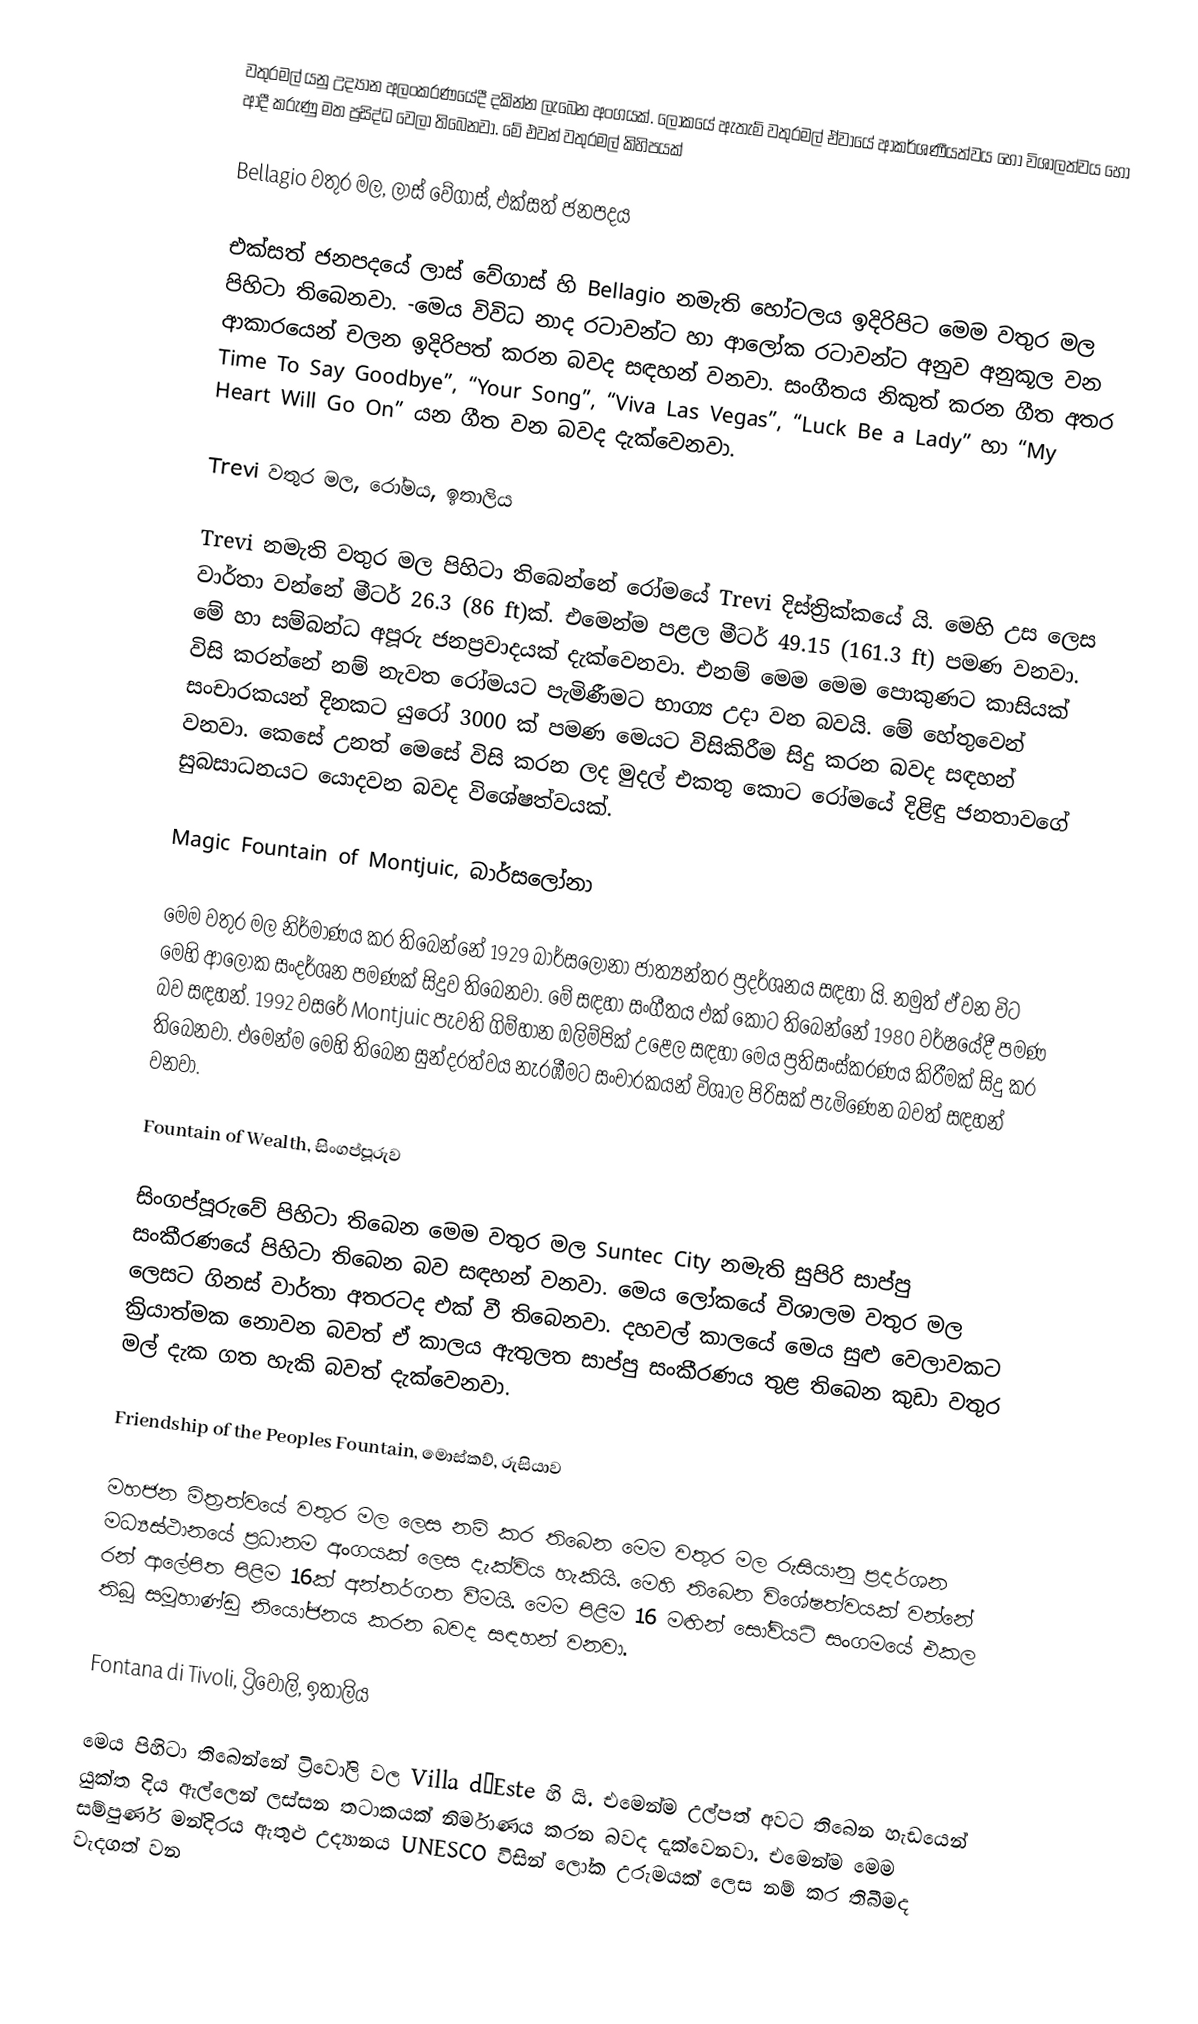
වතුරමල් යනු උද්‍යාන අලංකරණයේදී දකින්න ලැබෙන අංගයක්. ලෝකයේ ඇතැම් වතුරමල් ඒවායේ ආකර්ශණීයත්වය හෝ විශාලත්වය හෝ ආදී කරුණු මත ප්‍රසිද්ධ වෙලා තිබෙනවා. මේ එවන් වතුරමල් කිහිපයක්

Bellagio වතුර මල, ලාස් වේගාස්, එක්සත් ජනපදය

එක්සත් ජනපදයේ ලාස් වේගාස් හි Bellagio නමැති හෝටලය ඉදිරිපිට මෙම වතුර මල පිහිටා තිබෙනවා. -මෙය විවිධ නාද රටාවන්ට හා ආලෝක රටාවන්ට අනුව අනුකූල වන ආකාරයෙන් චලන ඉදිරිපත් කරන බවද සඳහන් වනවා. සංගීතය නිකුත් කරන ගීත අතර Time To Say Goodbye”, “Your Song”, “Viva Las Vegas”, “Luck Be a Lady” හා  “My Heart Will Go On” යන ගීත වන බවද දැක්වෙනවා.

Trevi වතුර මල, රෝමය, ඉතාලිය

Trevi නමැති වතුර මල පිහිටා තිබෙන්නේ රෝමයේ Trevi දිස්ත්‍රික්කයේ යි. මෙහි උස ලෙස වාර්තා වන්නේ මීටර් 26.3 (86 ft)ක්. එමෙන්ම පළල මීටර් 49.15 (161.3 ft) පමණ වනවා. මේ හා සම්බන්ධ අපූරු ජනප්‍රවාදයක් දැක්වෙනවා. එනම් මෙම මෙම පොකුණට කාසියක් විසි කරන්නේ නම් නැවත රෝමයට පැමිණීමට භාග්‍ය උදා වන බවයි. මේ හේතුවෙන් සංචාරකයන් දිනකට යුරෝ 3000 ක් පමණ මෙයට විසිකිරීම සිදු කරන බවද සඳහන් වනවා. කෙසේ උනත් මෙසේ විසි කරන ලද මුදල් එකතු කොට රෝමයේ දිළිඳු ජනතාවගේ සුබසාධනයට යොදවන බවද විශේෂත්වයක්.

Magic Fountain of Montjuic, බාර්සලෝනා

මෙම වතුර මල නිර්මාණය කර තිබෙන්නේ 1929 බාර්සලෝනා ජාත්‍යන්තර ප්‍රදර්ශනය සඳහා යි. නමුත් ඒ වන විට මෙහි ආලෝක සංදර්ශන පමණක් සිදුව තිබෙනවා. මේ සඳහා සංගීතය එක් කොට තිබෙන්නේ 1980 වර්ෂයේදී පමණ බව සඳහන්. 1992 වසරේ Montjuic පැවති ගිම්හාන ඔලිම්පික් උළෙල සඳහා මෙය ප්‍රතිසංස්කරණය කිරීමක් සිදු කර තිබෙනවා. එමෙන්ම මෙහි තිබෙන සුන්දරත්වය නැරඹීමට සංචාරකයන් විශාල පිරිසක් පැමිණෙන බවත් සඳහන් වනවා.

Fountain of Wealth, සිංගප්පූරුව

සිංගප්පූරුවේ පිහිටා තිබෙන මෙම වතුර මල Suntec City නමැති සුපිරි සාප්පු සංකීරණයේ පිහිටා තිබෙන බව සඳහන් වනවා. මෙය ලෝකයේ විශාලම වතුර මල ලෙසට ගිනස් වාර්තා අතරටද එක් වී තිබෙනවා. දහවල් කාලයේ මෙය සුළු වෙලාවකට ක්‍රියාත්මක නොවන බවත් ඒ කාලය ඇතුලත සාප්පු සංකීරණය තුළ තිබෙන කුඩා වතුර මල් දැක ගත හැකි බවත් දැක්වෙනවා.

Friendship of the Peoples Fountain, මොස්කව්, රුසියාව

මහජන මිත්‍රත්වයේ වතුර මල ලෙස නම් කර තිබෙන මෙම වතුර මල රුසියානු ප්‍රදර්ශන මධ්‍යස්ථානයේ ප්‍රධානම අංගයක් ලෙස දැක්විය හැකියි. මෙහි තිබෙන විශේෂත්වයක් වන්නේ රන් ආලේපිත පිළිම 16ක් අන්තර්ගත වීමයි. මෙම පිළිම 16 මඟින් සෝවියට් සංගමයේ එකල තිබූ සමූහාණ්ඩු නියෝජනය කරන බවද සඳහන් වනවා.

Fontana di Tivoli, ට්‍රිවෝලි, ඉතාලිය

මෙය පිහිටා තිබෙන්නේ ට්‍රිවෝලි වල Villa d’Este හි යි. එමෙන්ම උල්පත් අවට තිබෙන හැඩයෙන් යුක්ත දිය ඇල්ලෙන් ලස්සන තටාකයක් නිර්මාණය කරන බවද දැක්වෙනවා. එමෙන්ම මෙම සම්පුර්ණ මන්දිරය ඇතුළු උද්‍යානය UNESCO විසින් ලෝක උරුමයක් ලෙස නම් කර තිබීමද වැදගත් වන